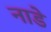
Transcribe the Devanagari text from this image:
नाडे